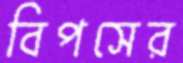
বিপসের